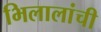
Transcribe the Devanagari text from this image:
भिलालांची